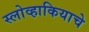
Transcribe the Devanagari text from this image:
स्लोव्हाकियाचे